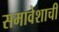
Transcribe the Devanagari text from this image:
समावेशाची